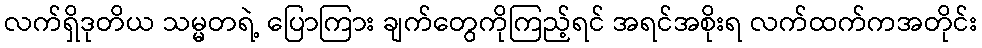
လက်ရှိဒုတိယ သမ္မတရဲ့ ပြောကြား ချက်တွေကိုကြည့်ရင် အရင်အစိုးရ လက်ထက်ကအတိုင်း